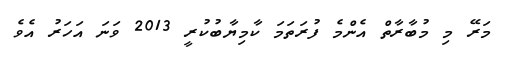
މަރޭ މި މުބާރާތް އެންމެ ފުރަތަމަ ކާމިޔާބުކުރީ 2013 ވަނަ އަހަރު އެވެ